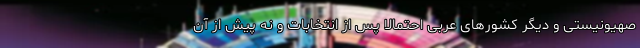
صهیونیستی و دیگر کشورهای عربی احتمالا پس از انتخابات و نه پیش از آن